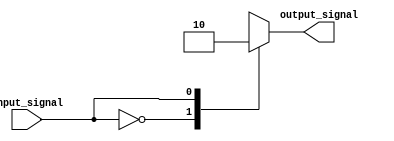
module Generate_Case (
  input wire input_signal,
  output reg output_signal
);

always @* begin
  case(input_signal)
    0: output_signal = 1; // Perform action 1 for input value 0
    1: output_signal = 0; // Perform action 2 for input value 1
    2: output_signal = input_signal + 1; // Perform action 3 for input value 2
    default: output_signal = 0; // Default action for any other input value
  endcase
end

endmodule